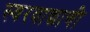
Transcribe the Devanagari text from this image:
स्वरवाद्याची